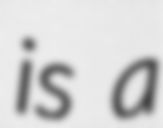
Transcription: is a